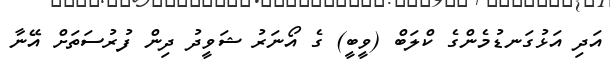
އަދި އަޅުގަނޑުމެންގެ ކްލަބް (ވީބީ) ގެ އޯނަރު ޝަވީދު ދިން ފުރުސަތަށް އޭނާ